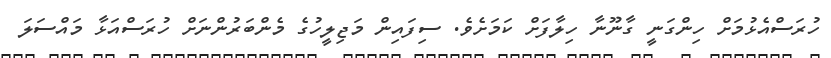
ހުރަސްއެޅުމަށް ހިންގަނީ ގާނޫނާ ހިލާފަށް ކަމަށެވެ. ސިފައިން މަޖިލީހުގެ މެންބަރުންނަށް ހުރަސްއަޅާ މައްސަލަ